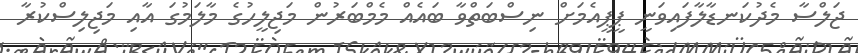
ޖަލްސާ މެދުކަނޑާލާފައިވަނީ ޕީޕީއެމަށް ނިސްބަތްވާ ބައެއް މެމްބަރުން މަޖިލީހުގެ މާލަމުގަ އާއި މަޖިލިސްކުރާ